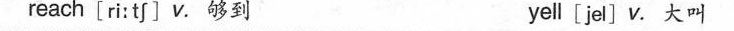
reach [ri:tf ] v. 够到 yell[jel]v.大叫